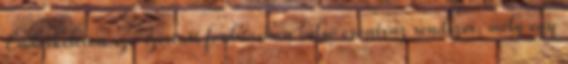
Endoskeleton szó szerinti fordításban belső csontváz rendszer, mely egy